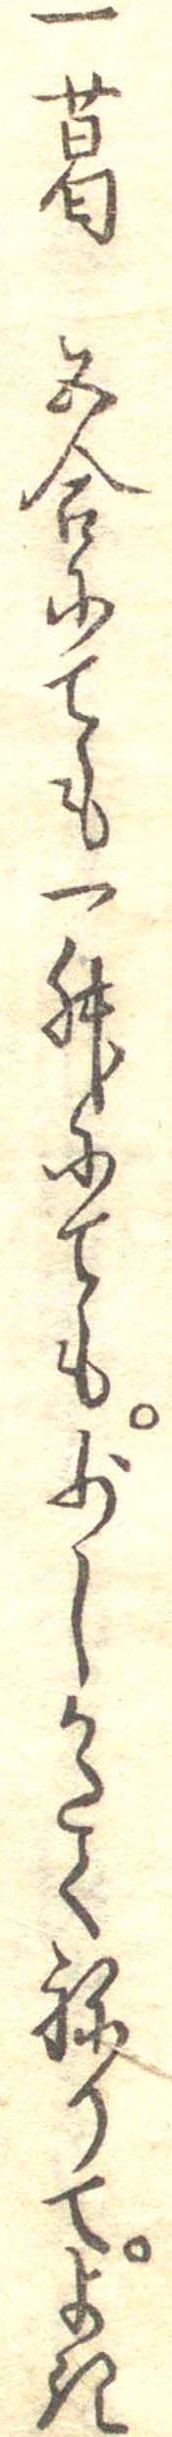
一葛五合にても一升にても少しかたくねりてよき